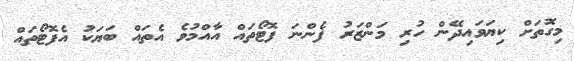
މިގޮތަށް ކިޔަވައިދޭން ހުރި މަންޒަރު ފެންނަ ފޮޓޯތައް އާއްމުވެ އެތައް ބަޔަކު އެފޮޓޯތައް